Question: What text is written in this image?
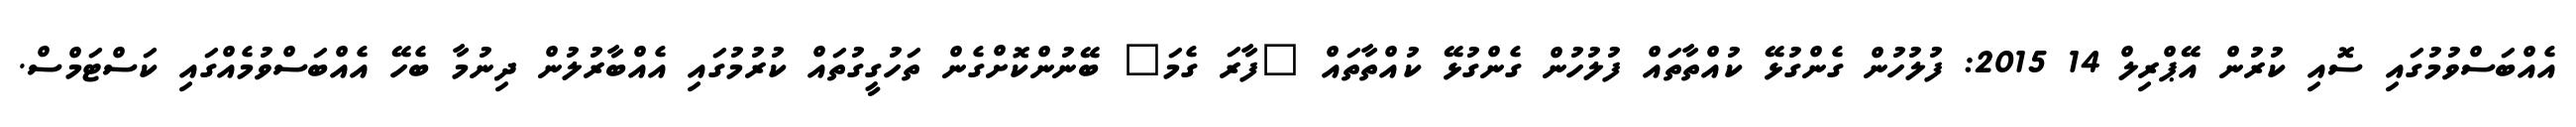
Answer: އެއްބަސްވުމުގައި ސޮއި ކުރުން އޭޕްރިލް 14 2015: ފުލުހުން ގެންގުޅޭ ކުއްތާތައް ފުލުހުން ގެންގުޅޭ ކުއްތާތައް "ފާރަ ގެމަ" ބޭނުންކޮށްގެން ތަހުގީގުތައް ކުރުމުގައި އެއްބާރުލުން ދިނުމާ ބެހޭ އެއްބަސްވުމެއްގައި ކަސްޓަމްސް.